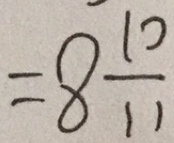
= 8 \frac { 1 0 } { 1 1 }